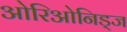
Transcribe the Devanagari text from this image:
ओरिओनिड्ज